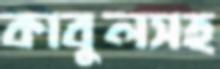
কাবুলসহ